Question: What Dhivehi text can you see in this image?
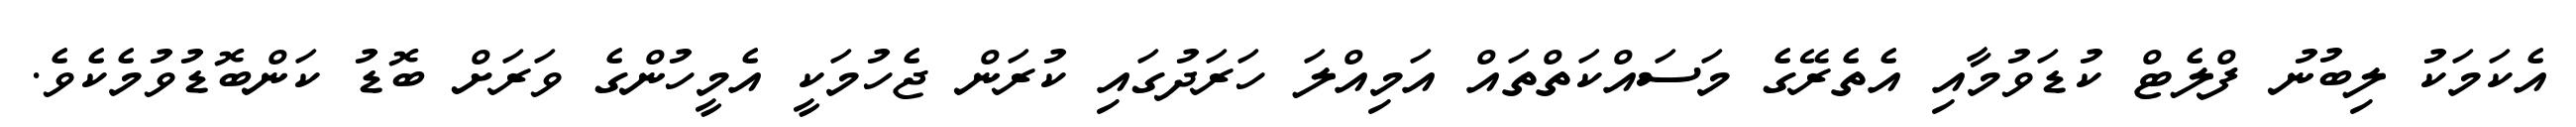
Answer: އެކަމަކު ލިބުނު ފްލެޓް ކުޑަވުމާއި އެތެރޭގެ މަސައްކަތްތައް އަމިއްލަ ހަރަދުގައި ކުރަން ޖެހުމަކީ އެމީހުންގެ ވަރަށް ބޮޑު ކަންބޮޑުވުމެކެވެ.